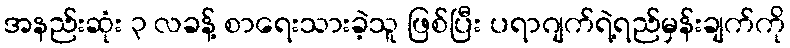
အနည်းဆုံး ၃ လခန့် စာရေးသားခဲ့သူ ဖြစ်ပြီး ပရာဂျက်ရဲ့ရည်မှန်းချက်ကို